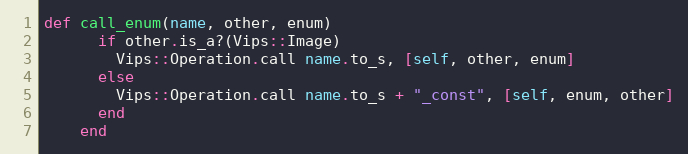
Language: Ruby
def call_enum(name, other, enum)
      if other.is_a?(Vips::Image)
        Vips::Operation.call name.to_s, [self, other, enum]
      else
        Vips::Operation.call name.to_s + "_const", [self, enum, other]
      end
    end